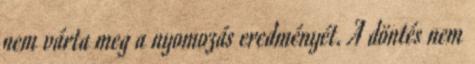
nem várta meg a nyomozás eredményét. A döntés nem